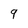
Character: 9